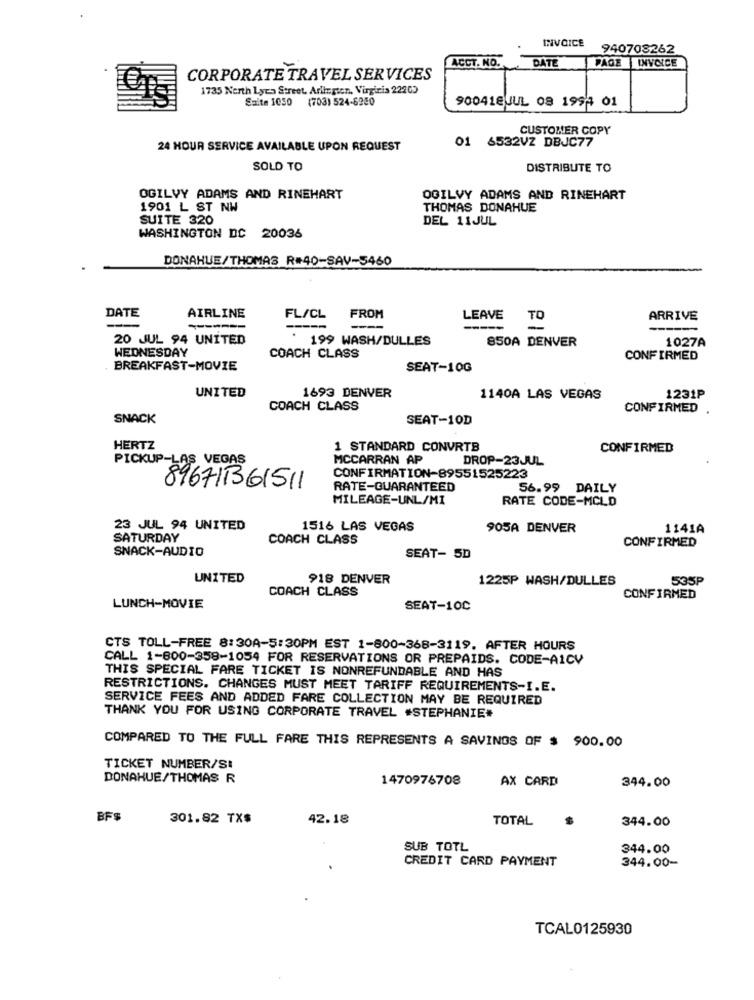
INVOICE
940708262
ACCT. NO.
DATE
PAGE
INVOICE
CORPORATE TRAVEL SERVICES
1735 Nerth Lyes Street. Arlington, Virgiris 22205
Saite 1050
(703) 524-6280
900418JUL 08 1994 01
CUSTOMER COPY
01 6532VZ DBJC77
24 HOUR SERVICE AVAILABLE UPON REQUEST
SOLD TO
DISTRIBUTE TO
OGILVY ADAMS AND RINEHART
OGILVY ADAMS AND RINEHART
1901 L ST NW
THOMAS DONAHUE
SUITE 320
DEL 11JUL
WASHINGTON DC 20036
DONAHUE/THOMAS R#40-SAV-5460
AIRLINE
DATE
FL/CL
FROM
LEAVE
TO
ARRIVE
20 JUL 94 UNITED
199 WASH/DULLES
850A DENVER
1027A
WEDNESDAY
COACH CLASS
CONFIRMED
BREAKFAST-MOVIE
SEAT-10G
UNITED
1693 DENVER
1140A LAS VEGAS
1231P
COACH CLASS
CONFIRMED .
SNACK
SEAT-10D
HERTZ
1 STANDARD CONVRTB
CONFIRMED
PICKUP-LAS VEGAS
MCCARRAN AP
DROP-23JUL
CONFIRMATION-89551525223
896715361511
RATE-GUARANTEED
56.99 DAILY
MILEAGE-UNL/MI
RATE CODE-MCLD
23 JUL 94 UNITED
1516 LAS VEGAS
905A DENVER
1141A
SATURDAY
COACH CLASS
SNACK-AUDIO
CONFIRMED
SEAT- 5D
UNITED
918 DENVER
1225P WASH/DULLES
535P
COACH CLASS
CONFIRMED
LUNCH-MOVIE
SEAT-10C
CTS TOLL-FREE 8:30A-5:30PM EST 1-800-368-3119. AFTER HOURS
CALL 1-800-358-1054 FOR RESERVATIONS OR PREPAIDS. CODE-A1CV
THIS SPECIAL FARE TICKET IS NONREFUNDABLE AND HAS
RESTRICTIONS. CHANGES MUST MEET TARIFF REQUIREMENTS-I.E.
SERVICE FEES AND ADDED FARE COLLECTION MAY BE REQUIRED
THANK YOU FOR USING CORPORATE TRAVEL #STEPHANIE#
COMPARED TO THE FULL FARE THIS REPRESENTS A SAVINGS OF $ 900.00
TICKET NUMBER/SI
DONAHUE/THOMAS R
1470976708
AX CARD
344.00
BF$
301.82 TX$
42.18
TOTAL
344.00
SUB TOTL
344.00
CREDIT CARD PAYMENT
344.00-
TCAL0125930